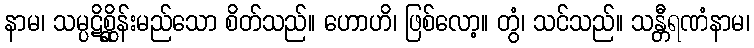
နာမ၊ သမ္ပဋိစ္ဆိုန်းမည်သော စိတ်သည်။ ဟောဟိ၊ ဖြစ်လော့။ တွံ၊ သင်သည်။ သန္တီရဏံနာမ၊